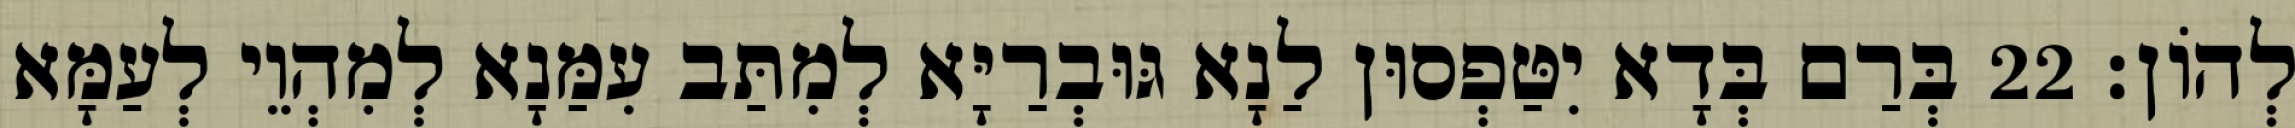
לְהוֹן׃ 22 בְּרַם בְּדָא יִטַּפְסוּן לַנָא גּוּבְרַיָּא לְמִתַּב עִמַּנָא לְמִהְוֵי לְעַמָּא